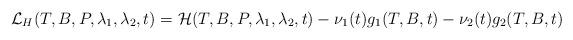
LaTeX: \begin{align*}\mathcal{L}_H(T,B,P,\lambda_1,\lambda_2,t)=\mathcal{H}(T,B,P,\lambda_1,\lambda_2,t)-\nu_1(t)g_1(T,B,t)-\nu_2(t)g_2(T,B,t)\end{align*}